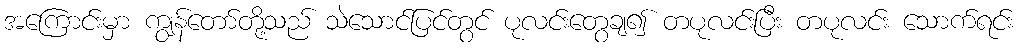
အကြောင်းမှာ ကျွန်တော်တို့သည် သဲသောင်ပြင်တွင် ပုလင်းတွေချ၍ တပုလင်းပြီး တပုလင်း သောက်ရင်း